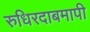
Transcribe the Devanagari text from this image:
रुधिरदाबमापी